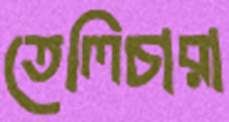
তেলিচারা